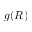
g ( R )